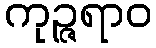
ကုဉ္ဇရာဝ